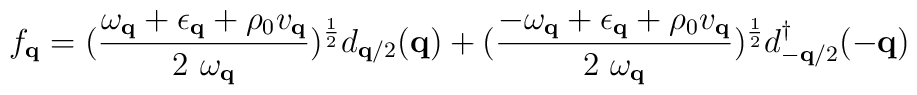
f_{ {\bf{q}} } = (\frac{ \omega_{ {\bf{q}} } + \epsilon_{ {\bf{q}} } + \rho_{0}v_{ {\bf{q}} } }{ 2 \mbox{ }\omega_{ {\bf{q}} } })^{\frac{1}{2}}d_{ {\bf{q}}/2 }({\bf{q}}) + (\frac{ -\omega_{ {\bf{q}} } + \epsilon_{ {\bf{q}} } + \rho_{0}v_{ {\bf{q}} } }{ 2 \mbox{ }\omega_{ {\bf{q}} } })^{\frac{1}{2}}d^{\dagger}_{ -{\bf{q}}/2 }(-{\bf{q}})